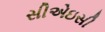
સીએઇસી